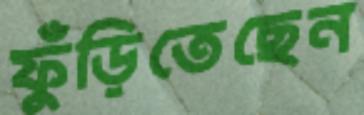
ফুঁড়িতেছেন